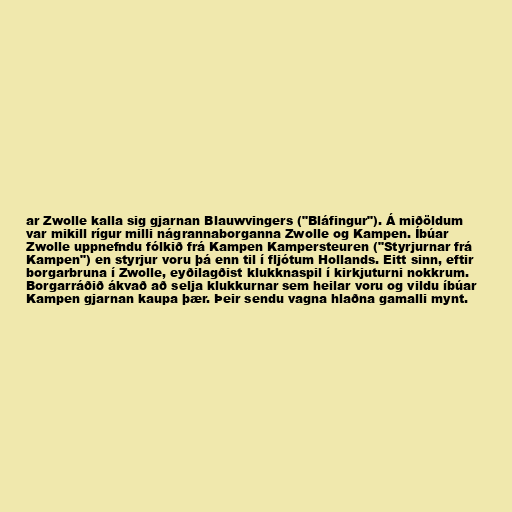
ar Zwolle kalla sig gjarnan Blauwvingers ("Bláfingur"). Á miðöldum
var mikill rígur milli nágrannaborganna Zwolle og Kampen. Íbúar
Zwolle uppnefndu fólkið frá Kampen Kampersteuren ("Styrjurnar frá
Kampen") en styrjur voru þá enn til í fljótum Hollands. Eitt sinn, eftir
borgarbruna í Zwolle, eyðilagðist klukknaspil í kirkjuturni nokkrum.
Borgarráðið ákvað að selja klukkurnar sem heilar voru og vildu íbúar
Kampen gjarnan kaupa þær. Þeir sendu vagna hlaðna gamalli mynt.